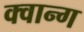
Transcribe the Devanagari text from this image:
क्वान्ग